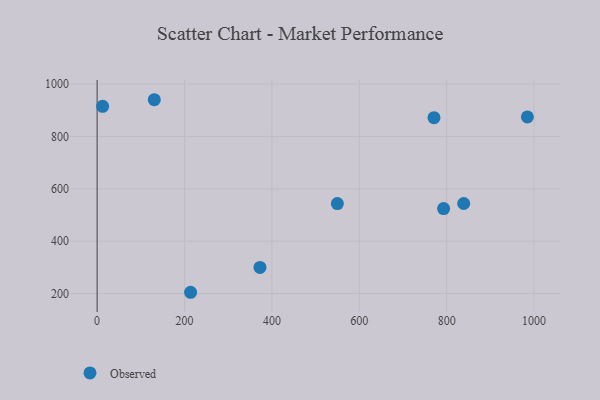
{"axis": {"x": "Experience", "y": "Sales"}, "legend": ["Observed"], "data": [{"x": "792.9", "y": 524.4, "type": "Observed"}, {"x": "770.9", "y": 872.0, "type": "Observed"}, {"x": "549.8", "y": 543.5, "type": "Observed"}, {"x": "12.6", "y": 915.0, "type": "Observed"}, {"x": "372.7", "y": 299.9, "type": "Observed"}, {"x": "984.6", "y": 874.5, "type": "Observed"}, {"x": "130.8", "y": 940.4, "type": "Observed"}, {"x": "213.9", "y": 204.8, "type": "Observed"}, {"x": "838.9", "y": 543.9, "type": "Observed"}]}